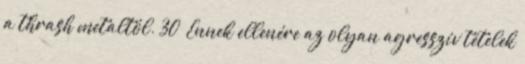
a thrash metaltól. 30 Ennek ellenére az olyan agresszív tételek